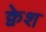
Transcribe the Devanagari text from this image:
क्वेश